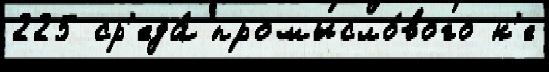
225 ср'еда́ промысло́вого н'е